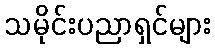
သမိုင်းပညာရှင်များ